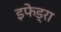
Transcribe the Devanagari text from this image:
इफेड्रा